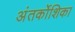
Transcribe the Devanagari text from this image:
अंतर्कोशिका